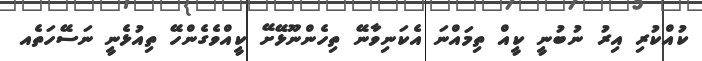
ކުއްކުރި އިރު ނުބުނީ ކީއް ތިމައްނަ އެކަނިވާނޭ ތިހެންނޫޅޭށޭ ކީއްވެގެންހޭ ތިއުޅެނީ ނަސޭހަތެއ